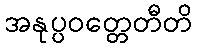
အနုပ္ပဝတ္တေတီတိ